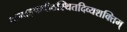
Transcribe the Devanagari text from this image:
वामाङ्कपीठस्थितदिव्यशक्तिम्